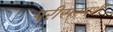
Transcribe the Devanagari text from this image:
परीसस्पर्शी